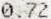
0.72